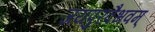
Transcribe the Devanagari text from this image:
जयपुरवैभवम्